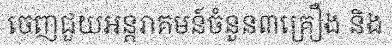
ចេញជួយអន្តរាគមន៍ចំនួន៣គ្រឿង និង